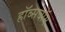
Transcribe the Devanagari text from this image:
हॉब्सबॉम